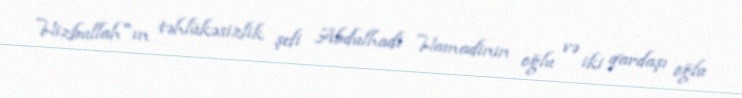
Hizbullah"ın təhlükəsizlik şefi Abdulhadi Hamadinin oğlu və iki qardaşı oğlu